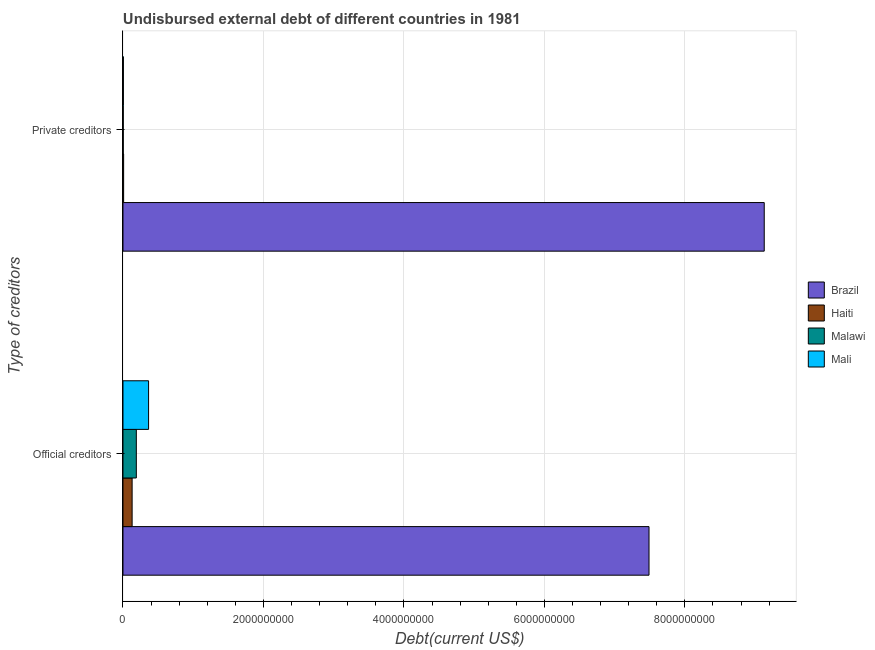
| Type of creditors | Brazil | Haiti | Malawi | Mali |
 | --- | --- | --- | --- | --- |
 | Official creditors | 7.49e+09 | 1.3e+08 | 1.9e+08 | 3.65e+08 |
 | Private creditors | 9.13e+09 | 9.24e+06 | 3.81e+06 | 5.6e+06 |